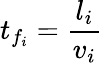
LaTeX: t_{f_{i}}=\frac{l_{i}}{v_{i}}